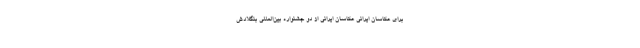
برای عکاسان ایرانی عکاسان ایرانی از دو جشنواره بین‌المللی بنگلادش